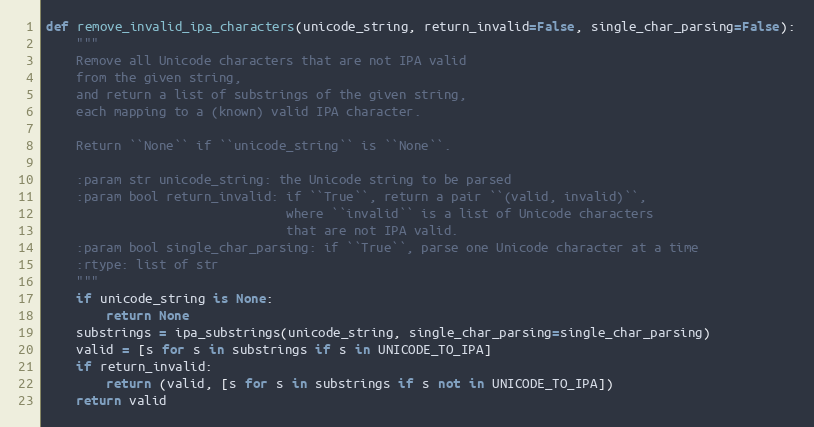
Language: Python
def remove_invalid_ipa_characters(unicode_string, return_invalid=False, single_char_parsing=False):
    """
    Remove all Unicode characters that are not IPA valid
    from the given string,
    and return a list of substrings of the given string,
    each mapping to a (known) valid IPA character.

    Return ``None`` if ``unicode_string`` is ``None``.

    :param str unicode_string: the Unicode string to be parsed
    :param bool return_invalid: if ``True``, return a pair ``(valid, invalid)``,
                                where ``invalid`` is a list of Unicode characters
                                that are not IPA valid.
    :param bool single_char_parsing: if ``True``, parse one Unicode character at a time
    :rtype: list of str
    """
    if unicode_string is None:
        return None
    substrings = ipa_substrings(unicode_string, single_char_parsing=single_char_parsing)
    valid = [s for s in substrings if s in UNICODE_TO_IPA]
    if return_invalid:
        return (valid, [s for s in substrings if s not in UNICODE_TO_IPA])
    return valid